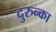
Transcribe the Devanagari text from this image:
दुरुन्का